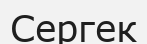
Сергек